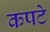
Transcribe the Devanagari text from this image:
कपटे